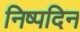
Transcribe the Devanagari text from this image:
निष्पदिन